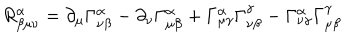
R _ { \beta \mu \nu } ^ { \alpha } = \partial _ { \mu } \Gamma _ { \nu \beta } ^ { \alpha } - \partial _ { \nu } \Gamma _ { \mu \beta } ^ { \alpha } + \Gamma _ { \mu \gamma } ^ { \alpha } \Gamma _ { \nu \beta } ^ { \gamma } - \Gamma _ { \nu \gamma } ^ { \alpha } \Gamma _ { \mu \beta } ^ { \gamma }